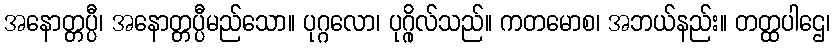
အနောတ္တပ္ပီ၊ အနောတ္တပ္ပီမည်သော။ ပုဂ္ဂလော၊ ပုဂ္ဂိုလ်သည်။ ကတမောစ၊ အဘယ်နည်း။ တတ္ထပါဌေ၊